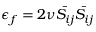
\epsilon _ { f } = 2 \nu { \bar { S _ { i j } } } { \bar { S _ { i j } } }